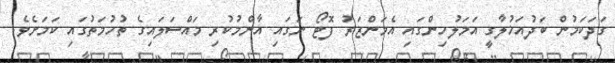
ގަދަކަމުން ބަދުއަޚުލާގީ އަމަލުހިންގައި އެމަންޒަރު ފޮޓޯ ނަގައި އާންމުކުރި މައްސަލައިގެ ތުހުމަތުގައި ކަމަށެވެ.